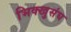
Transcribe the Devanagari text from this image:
भिक्खुसंघ